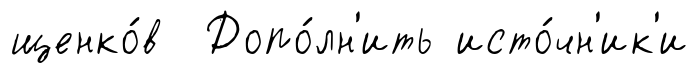
щенко́в Допо́лн'ить исто́чн'ик'и